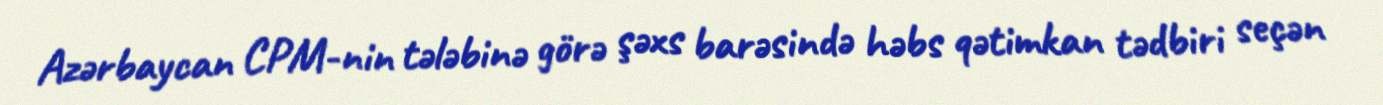
Azərbaycan CPM-nin tələbinə görə şəxs barəsində həbs qətimkan tədbiri seçən